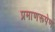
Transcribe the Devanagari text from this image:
प्रमाणरूपेण